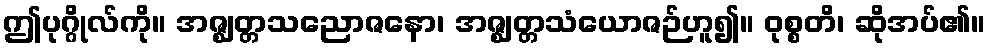
ဤပုဂ္ဂိုလ်ကို။ အဇ္ဈတ္တသညောဇနော၊ အဇ္ဈတ္တသံယောဇဉ်ဟူ၍။ ဝုစ္စတိ၊ ဆိုအပ်၏။